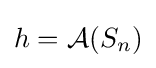
h={\mathcal {A}}(S_{n})